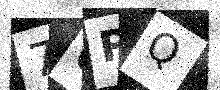
Text: 7GPQ